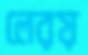
লেরয়